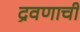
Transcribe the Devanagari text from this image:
द्रवणाची